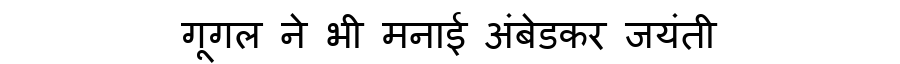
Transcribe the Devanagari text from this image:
गूगल ने भी मनाई अंबेडकर जयंती